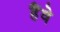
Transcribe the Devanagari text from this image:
हैंवे